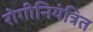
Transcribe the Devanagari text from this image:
रोगीनियंत्रित